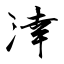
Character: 涬